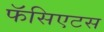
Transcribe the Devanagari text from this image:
फॅसिएटस